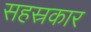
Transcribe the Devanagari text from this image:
सहस्रकार